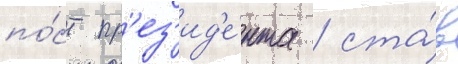
по́ст пр'ез'ид'е́нта / ста́в